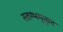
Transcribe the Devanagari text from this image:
स्तम्भमुकुट